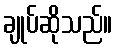
ချုပ်ဆိုသည်။